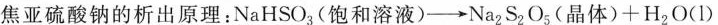
焦亚硫酸钠的析出原理：$$NaHSO_{3}(饱和溶液) \rightarrow Na_{2}S_{2}O_{5}(晶体) + H_{ 2 }O(1)$$